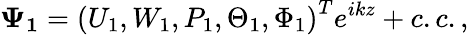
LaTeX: \mathbf{\Psi_{1}}=\left(U_{1},W_{1},P_{1},\Theta_{1},\Phi_{1}\right)^{T}e^{ikz}+c.c.,